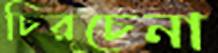
চিরচেনা